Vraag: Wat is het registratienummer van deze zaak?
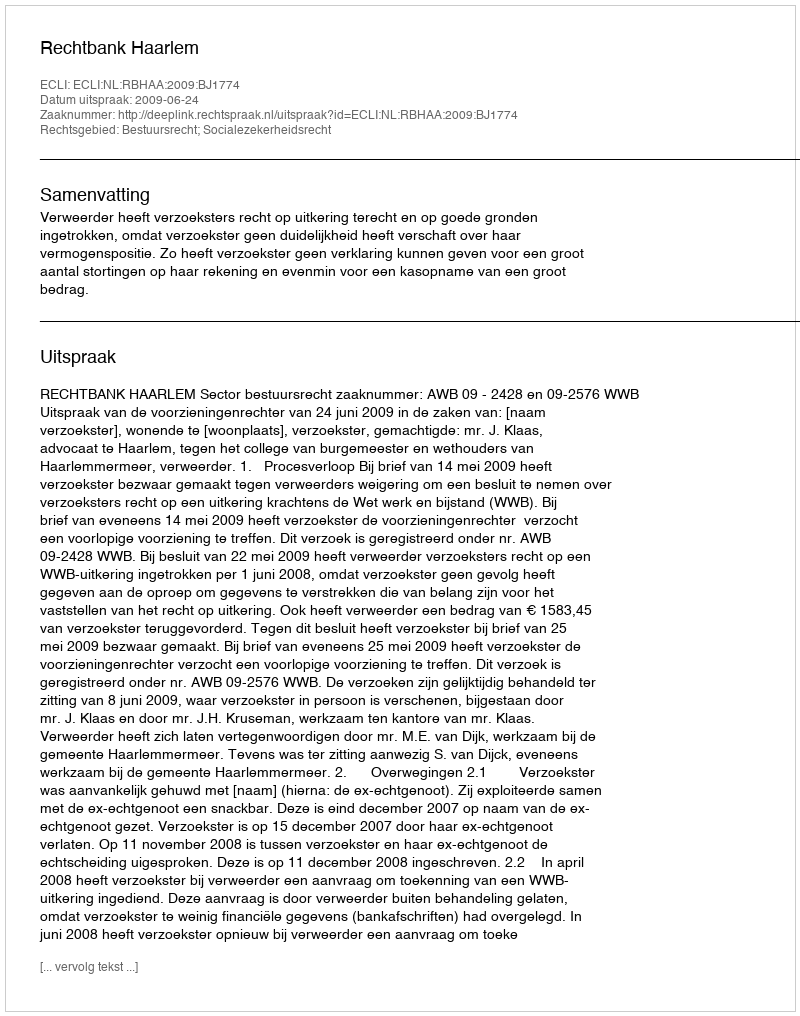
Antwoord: http://deeplink.rechtspraak.nl/uitspraak?id=ECLI:NL:RBHAA:2009:BJ1774